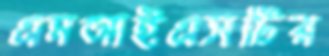
এমআইএসটির